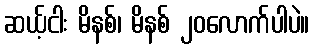
ဆယ့်ငါး မိနစ်၊ မိနစ် ၂၀လောက်ပါပဲ။